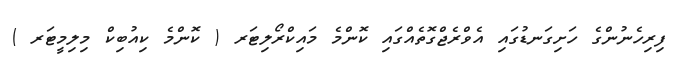
ފިރިހެނުންގެ ހަށިގަނޑުގައި އެވްރެޖްގޮތެއްގައި ކޮންމެ މައިކްރޯލިޓަރ ( ކޮންމެ ކިއުބިކް މިލިމީޓަރ )